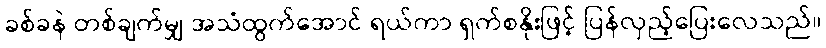
ခစ်ခနဲ တစ်ချက်မျှ အသံထွက်အောင် ရယ်ကာ ရှက်စနိုးဖြင့် ပြန်လှည့်ပြေးလေသည်။